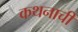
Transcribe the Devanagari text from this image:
कथनाची